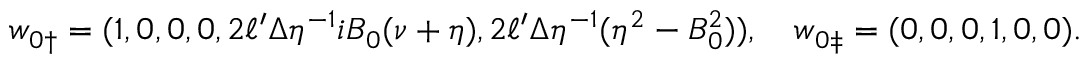
\boldsymbol { w } _ { 0 \dag } = ( 1 , 0 , 0 , 0 , 2 \ell ^ { \prime } \Delta \eta ^ { - 1 } i B _ { 0 } ( \nu + \eta ) , 2 \ell ^ { \prime } \Delta \eta ^ { - 1 } ( \eta ^ { 2 } - B _ { 0 } ^ { 2 } ) ) , \quad \boldsymbol { w } _ { 0 \ddag } = ( 0 , 0 , 0 , 1 , 0 , 0 ) .